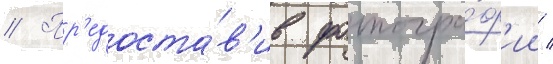
// Пр'едоста́в'ив фотогра́ф'ии /